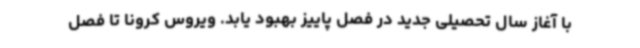
با آغاز سال تحصیلی جدید در فصل پاییز بهبود یابد. ویروس کرونا تا فصل